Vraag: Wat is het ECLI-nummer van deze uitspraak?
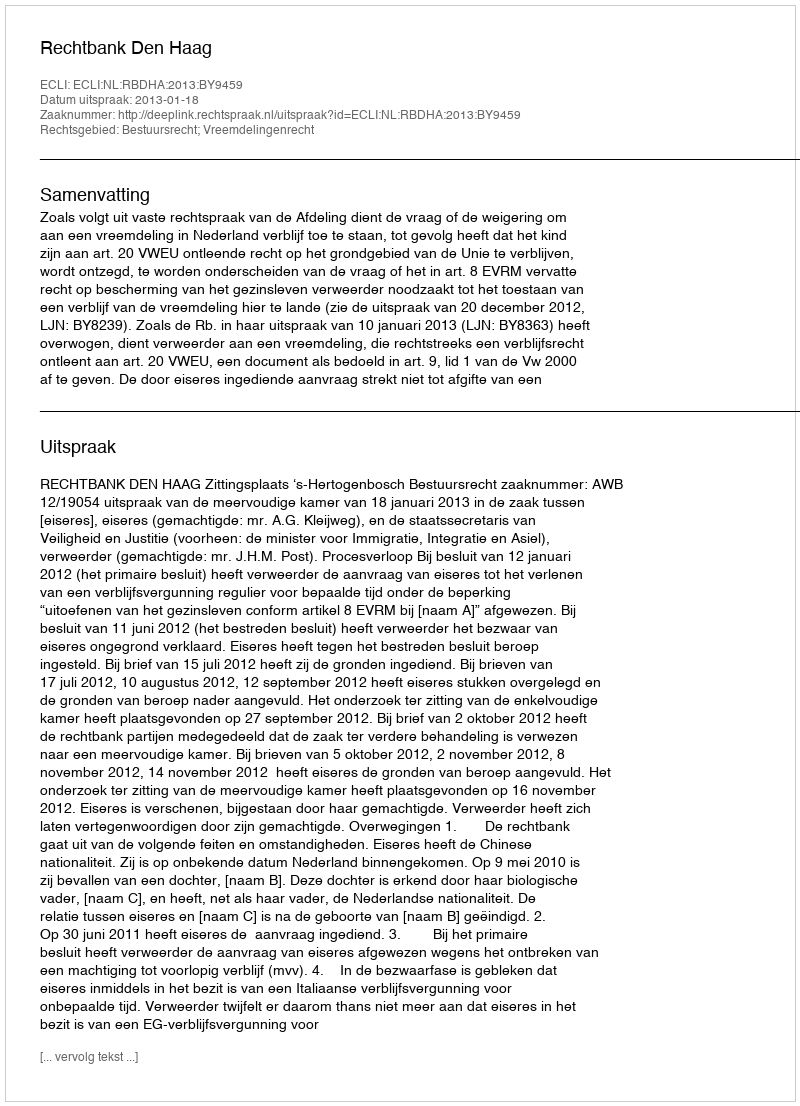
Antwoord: ECLI:NL:RBDHA:2013:BY9459